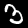
Digit: 3